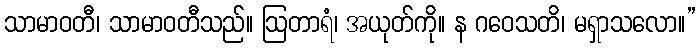
သာမာဝတီ၊ သာမာဝတီသည်။ ဩတာရံ၊ အယုတ်ကို။ န ဂဝေသတိ၊ မရှာသလော။”